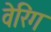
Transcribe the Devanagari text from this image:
वेरिंग